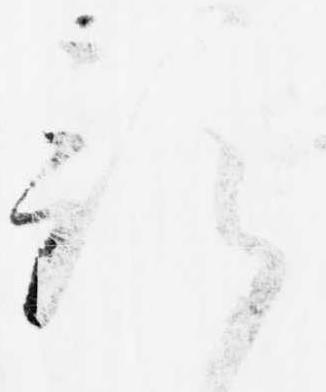
預